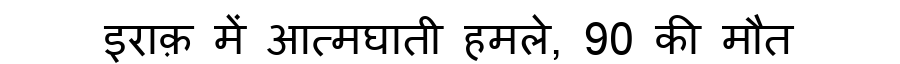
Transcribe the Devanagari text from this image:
इराक़ में आत्मघाती हमले, 90 की मौत